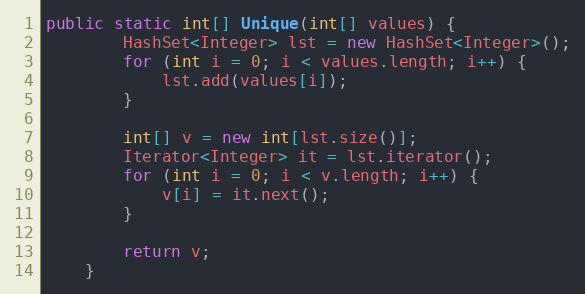
Language: Java
public static int[] Unique(int[] values) {
        HashSet<Integer> lst = new HashSet<Integer>();
        for (int i = 0; i < values.length; i++) {
            lst.add(values[i]);
        }

        int[] v = new int[lst.size()];
        Iterator<Integer> it = lst.iterator();
        for (int i = 0; i < v.length; i++) {
            v[i] = it.next();
        }

        return v;
    }